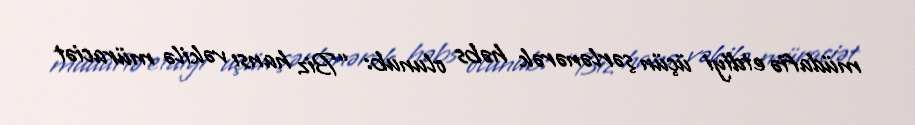
müdafiə etdiyi üçün şərlənərək həbs olunub: “Biz hansı vəkilə müraciət